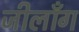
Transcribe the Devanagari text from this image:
जीलाँग